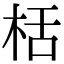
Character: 栝